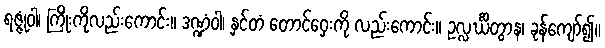
ရဇ္ဇုံဝါ၊ ကြိုးကိုလည်းကောင်း။ ဒဏ္ဍံဝါ၊ နှင်တံ တောင်ဝှေးကို လည်းကောင်း။ ဥလ္လင်္ဃိတွာန၊ ခုန်ကျော်၍။